Report of the Imperial Institute of Veterinary Research, Muktesar
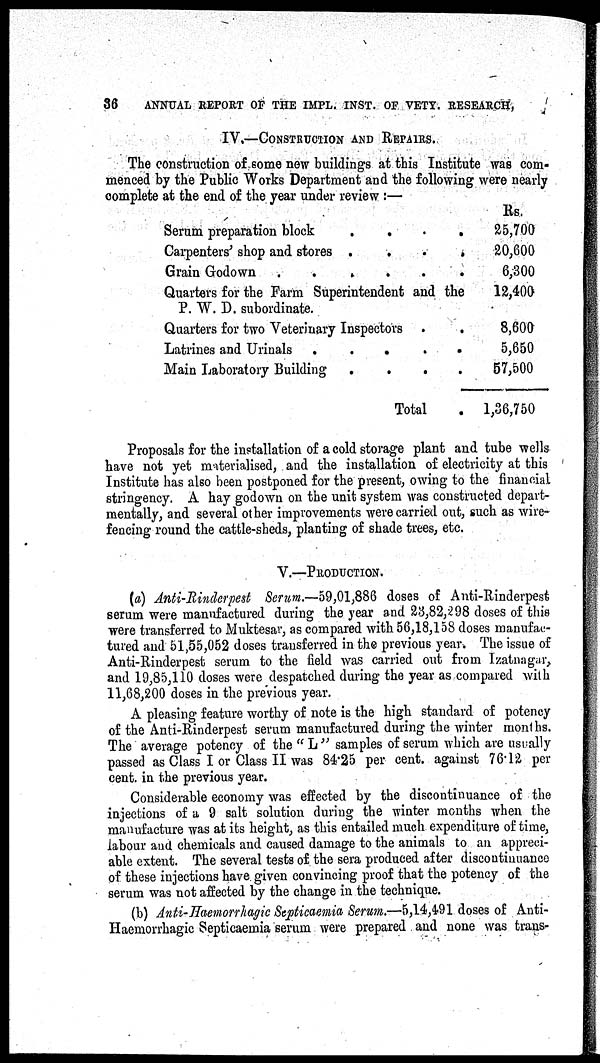
36
ANNUAL REPORT OF THE IMPL. INST. OF VETY. RESEARCH,
IV.—CONSTRUCTION AND REPAIRS.
The construction of some new buildings at this Institute was com-
menced by the Public Works Department and the following were nearly
complete at the end of the year under review :—
Serum preparation block
.
.
Carpenters' shop and stores .
.
Grain Godown .
.
.
.
.
.
.
.
Quarters for the Farm Superintendent and the
P. W. D. subordinate.
Quarters for two Veterinary Inspectors
Latrines and Urinals . . . .
Main Laboratory Building
.
.
.
Total
.
.
.
.
Rs.
25,700
20,600
6,300
12,400
8,600
5,650
57,500
1,36,750
Proposals for the installation of a cold storage plant and tube wells
have not yet materialised, and the installation of electricity at this
Institute has also been postponed for the present, owing to the financial
stringency. A hay godown on the unit system was constructed depart-
mentally, and several other improvements were carried out, such as wire-
fencing round the cattle-sheds, planting of shade trees, etc.
V.—PRODUCTION.
(a) Anti-Rinderpest Serum.—59,01,886 doses of Anti-Rinderpest
serum were manufactured during the year and 23,82,298 doses of this
were transferred to Muktesar, as compared with 56,18,158 doses manufac-
tured and 51,55,052 doses transferred in the previous year. The issue of
Anti-Rinderpest serum to the field was carried out from Izatnagar,
and 19,85,110 doses were despatched during the year as compared with
11,68,200 doses in the previous year.
A pleasing feature worthy of note is the high standard of potency
of the Anti-Rinderpest serum manufactured during the winter months.
The average potency of the " L " samples of serum which are usually
passed as Class I or Class II was 84.25 per cent. against 76.12 per
cent. in the previous year.
Considerable economy was effected by the discontinuance of the
injections of a 9 salt solution during the winter months when the
manufacture was at its height, as this entailed much expenditure of time,
labour and chemicals and caused damage to the animals to an appreci-
able extent. The several tests of the sera produced after discontinuance
of these injections have given convincing proof that the potency of the
serum was not affected by the change in the technique.
(b) Anti-Haemorrhagic Septicaemia Serum.—5,14,491 doses of Anti¬
Haemorrhagic Septicaemia serum were prepared and none was trans-